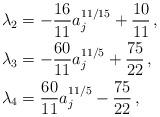
LaTeX: \begin{align*}\lambda_2&=-\frac{16}{11}a_j^{11/15}+\frac{10}{11}\,,\\\lambda_3&=-\frac{60}{11}a_j^{11/5}+\frac{75}{22}\,,\\\lambda_4&=\frac{60}{11}a_j^{11/5}-\frac{75}{22}\,,\end{align*}